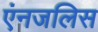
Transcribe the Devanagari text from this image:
एंनजलिस